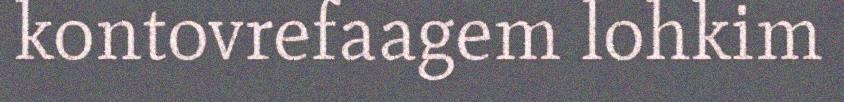
kontovrefaagem lohkim